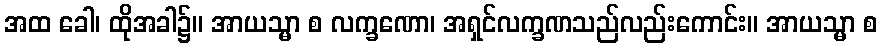
အထ ခေါ၊ ထိုအခါ၌။ အာယသ္မာ စ လက္ခဏော၊ အရှင်လက္ခဏသည်လည်းကောင်း။ အာယသ္မာ စ